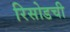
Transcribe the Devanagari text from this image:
रिसोडची